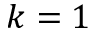
k = 1